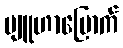
ဗျူဟာမြောက်